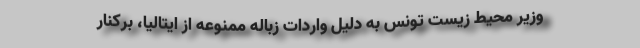
وزیر محیط زیست تونس به دلیل واردات زباله ممنوعه از ایتالیا، برکنار